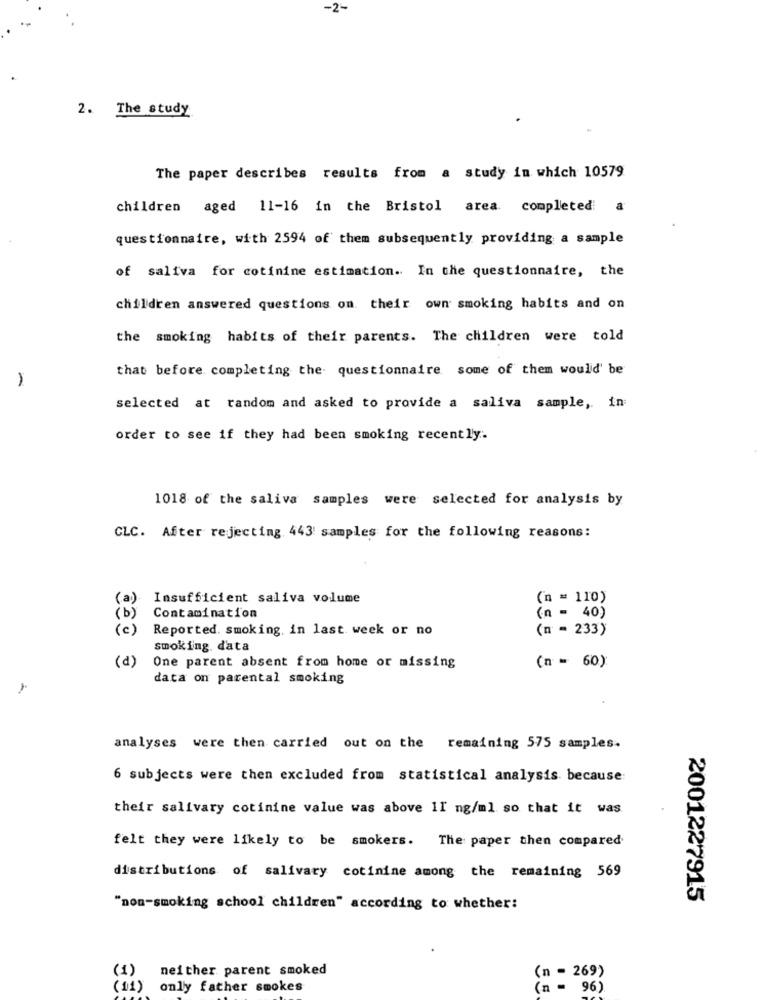
-2-
2. The study
The paper describes results from a study in which 10579
children aged 11-16 in the Bristol area. completed a
questionnaire, with 2594 of them subsequently providing a sample
of saliva for cotinine estimation. In the questionnaire, the
children answered questions on their own smoking habits and on
the smoking habits of their parents. The children were told
that before completing the questionnaire some of them would' be
selected at random and asked to provide a saliva sample, in:
order to see if they had been smoking recently.
1018 of the saliva samples were selected for analysis by
CLC. After rejecting 443 samples for the following reasons:
(a)
Insufficient saliva volume
(n = 110)
( b )
Contamination
(n = 40)
( c )
Reported. smoking, in last week or no
(n = 233)
(P)
smoking. data
One parent absent from home or missing
(n = 60)
data on parental smoking
analyses were then carried out on the remaining 575 samples.
6 subjects were then excluded from statistical analysis. because:
their salivary cotinine value was above 11 ng/ml so that it was
felt they were likely to be smokers. The paper then compared
distributions of salivary cotinine among the remaining 569
2001227915
"non-smoking school children" according to whether:
neither parent smoked
(n = 269)
only father smokes
(n = 96)